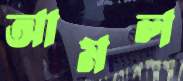
আমল